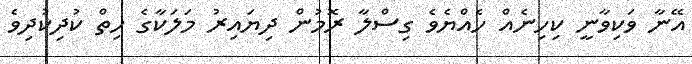
އޭނާ ވަކިވާނީ ކިހިނެއް ހެއްޔެވެ ގިސްލާ ރޮމުން ދިޔައިރު މަލަކާގެ ހިތް ކުދިކުދިވެ